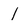
Character: I